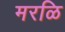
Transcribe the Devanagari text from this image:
मरळि